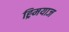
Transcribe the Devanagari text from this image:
ह्र्मियाज